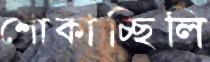
শোকাচ্ছিলি